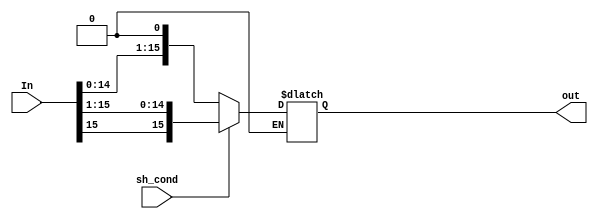
`timescale 1ns / 1ps
//////////////////////////////////////////////////////////////////////////////////
// Company: 
// Engineer: 
// 
// Design Name: 
// Module Name:    ShiftArray 
// Project Name: 
// Target Devices: 
// Tool versions: 
// Description: 
//
// Dependencies: 
//
// Revision: 
// Revision 0.01 - File Created
// Additional Comments: 
//
//////////////////////////////////////////////////////////////////////////////////
module ShiftArray(In, sh_cond, out);

	parameter nBit = 16;
	
	input [nBit-1:0] In;
	input sh_cond;
	
	output reg [nBit-1:0] out;
	
	always@(*)
	begin
		if(sh_cond == 0)
			out <= {In[nBit-2:0], 1'b0};
		else if(sh_cond == 1)
			out <= {In[nBit-1], In[nBit-1:1]};
	end
	
endmodule